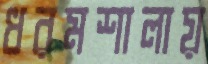
ধরমশালায়